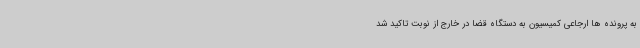
به پرونده ها ارجاعی کمیسیون به دستگاه قضا در خارج از نوبت تاکید شد